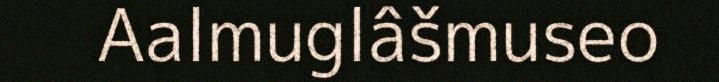
Aalmuglâšmuseo